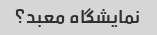
نمایشگاه معبد؟